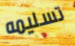
تسليمه